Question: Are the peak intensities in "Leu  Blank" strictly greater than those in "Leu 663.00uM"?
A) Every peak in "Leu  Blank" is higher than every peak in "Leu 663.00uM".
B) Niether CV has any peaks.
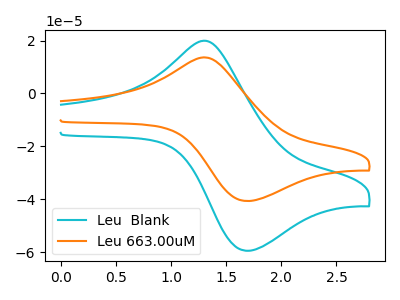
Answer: <think>The cyan curve "Leu  Blank" has an anodic peak at (1.35V, 19.70uA) and a cathodic peak at (1.70V, -59.45uA). The orange curve "Leu 663.00uM" has an anodic peak at (1.35V, 13.45uA) and a cathodic peak at (1.70V, -40.65uA).</think>
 <answer>A) Every peak in "Leu  Blank" is higher than every peak in "Leu 663.00uM".</answer>
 <eval>A</eval>